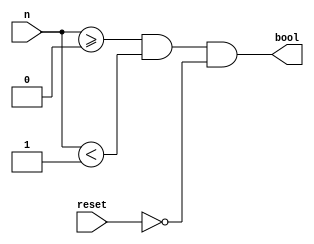
module ranger (//, WIDTH = 8)(
    input [8 - 1:0] n,
    output bool,
    input reset
    );
    parameter lower = 0, higher = 1;
    assign bool = (n >= lower) && (n < higher) && ~reset;
endmodule